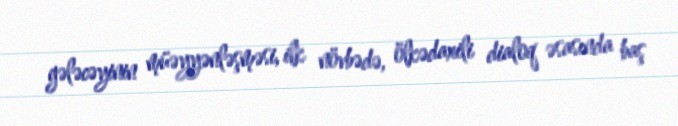
gələcəyinin müəyyənləşməsi, ilk növbədə, ölkədaxili dialoq əsasında baş